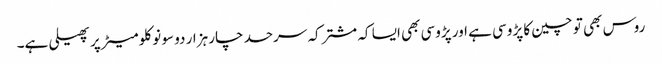
روس بھی تو چین کا پڑوسی ہے اور پڑوسی بھی ایسا کہ مشترکہ سرحد چار ہزار دو سو نو کلومیٹر پر پھیلی ہے۔